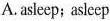
A. asleep; asleep